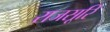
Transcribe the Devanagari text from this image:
राजसूरि